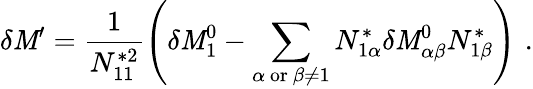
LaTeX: \delta\mathit{M}^{\prime}=\frac{{1}}{{N_{11}^{*2}}}\left(\delta\mathit{M}_{1}^{0}-\sum_{\alpha\ \mathrm{{or}}\ \beta\neq1}N_{1\alpha}^{*}\delta{\cal\mathit{M}}_{\alpha\beta}^{0}N_{1\beta}^{*}\right)\, \, .